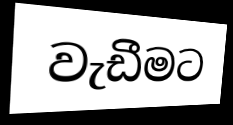
වැඩීමට